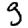
Digit: 9